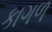
કાગળ